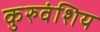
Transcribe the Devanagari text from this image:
कुरुवंशिय